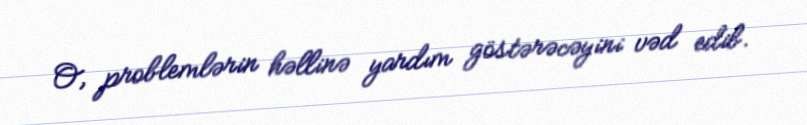
O, problemlərin həllinə yardım göstərəcəyini vəd edib.